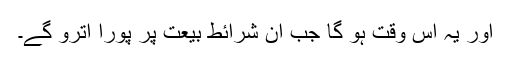
اور یہ اُس وقت ہو گا جب ان شرائطِ بیعت پر پورا اترو گے۔